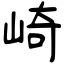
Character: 崎